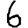
Digit: 6